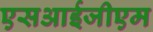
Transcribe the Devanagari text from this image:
एसआईजीएम